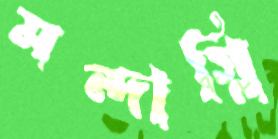
মন্দাগ্নি